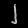
Digit: ၂